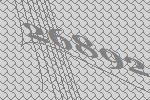
26892